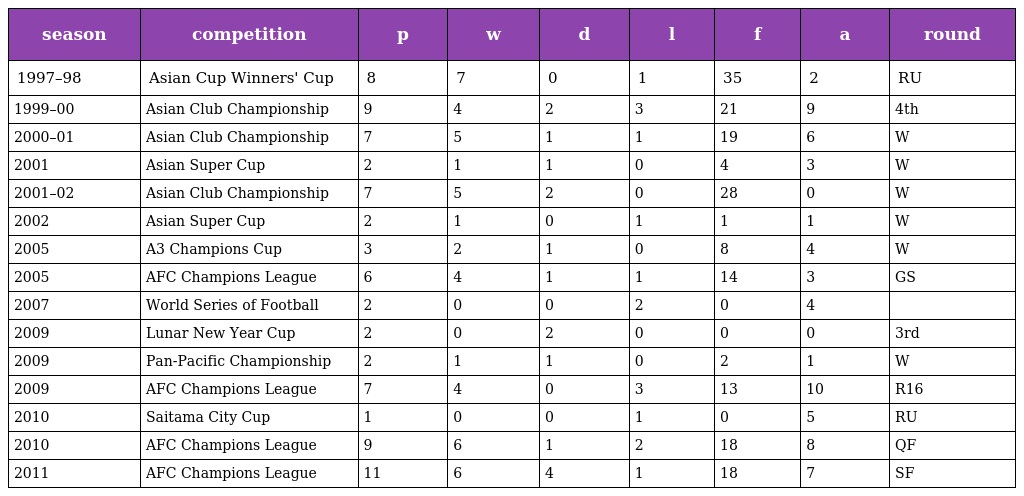
| season | competition | p | w | d | l | f | a | round |
 | --- | --- | --- | --- | --- | --- | --- | --- | --- |
 | 1997–98 | Asian Cup Winners' Cup | 8 | 7 | 0 | 1 | 35 | 2 | RU |
 | 1999–00 | Asian Club Championship | 9 | 4 | 2 | 3 | 21 | 9 | 4th |
 | 2000–01 | Asian Club Championship | 7 | 5 | 1 | 1 | 19 | 6 | W |
 | 2001 | Asian Super Cup | 2 | 1 | 1 | 0 | 4 | 3 | W |
 | 2001–02 | Asian Club Championship | 7 | 5 | 2 | 0 | 28 | 0 | W |
 | 2002 | Asian Super Cup | 2 | 1 | 0 | 1 | 1 | 1 | W |
 | 2005 | A3 Champions Cup | 3 | 2 | 1 | 0 | 8 | 4 | W |
 | 2005 | AFC Champions League | 6 | 4 | 1 | 1 | 14 | 3 | GS |
 | 2007 | World Series of Football | 2 | 0 | 0 | 2 | 0 | 4 |  |
 | 2009 | Lunar New Year Cup | 2 | 0 | 2 | 0 | 0 | 0 | 3rd |
 | 2009 | Pan-Pacific Championship | 2 | 1 | 1 | 0 | 2 | 1 | W |
 | 2009 | AFC Champions League | 7 | 4 | 0 | 3 | 13 | 10 | R16 |
 | 2010 | Saitama City Cup | 1 | 0 | 0 | 1 | 0 | 5 | RU |
 | 2010 | AFC Champions League | 9 | 6 | 1 | 2 | 18 | 8 | QF |
 | 2011 | AFC Champions League | 11 | 6 | 4 | 1 | 18 | 7 | SF |